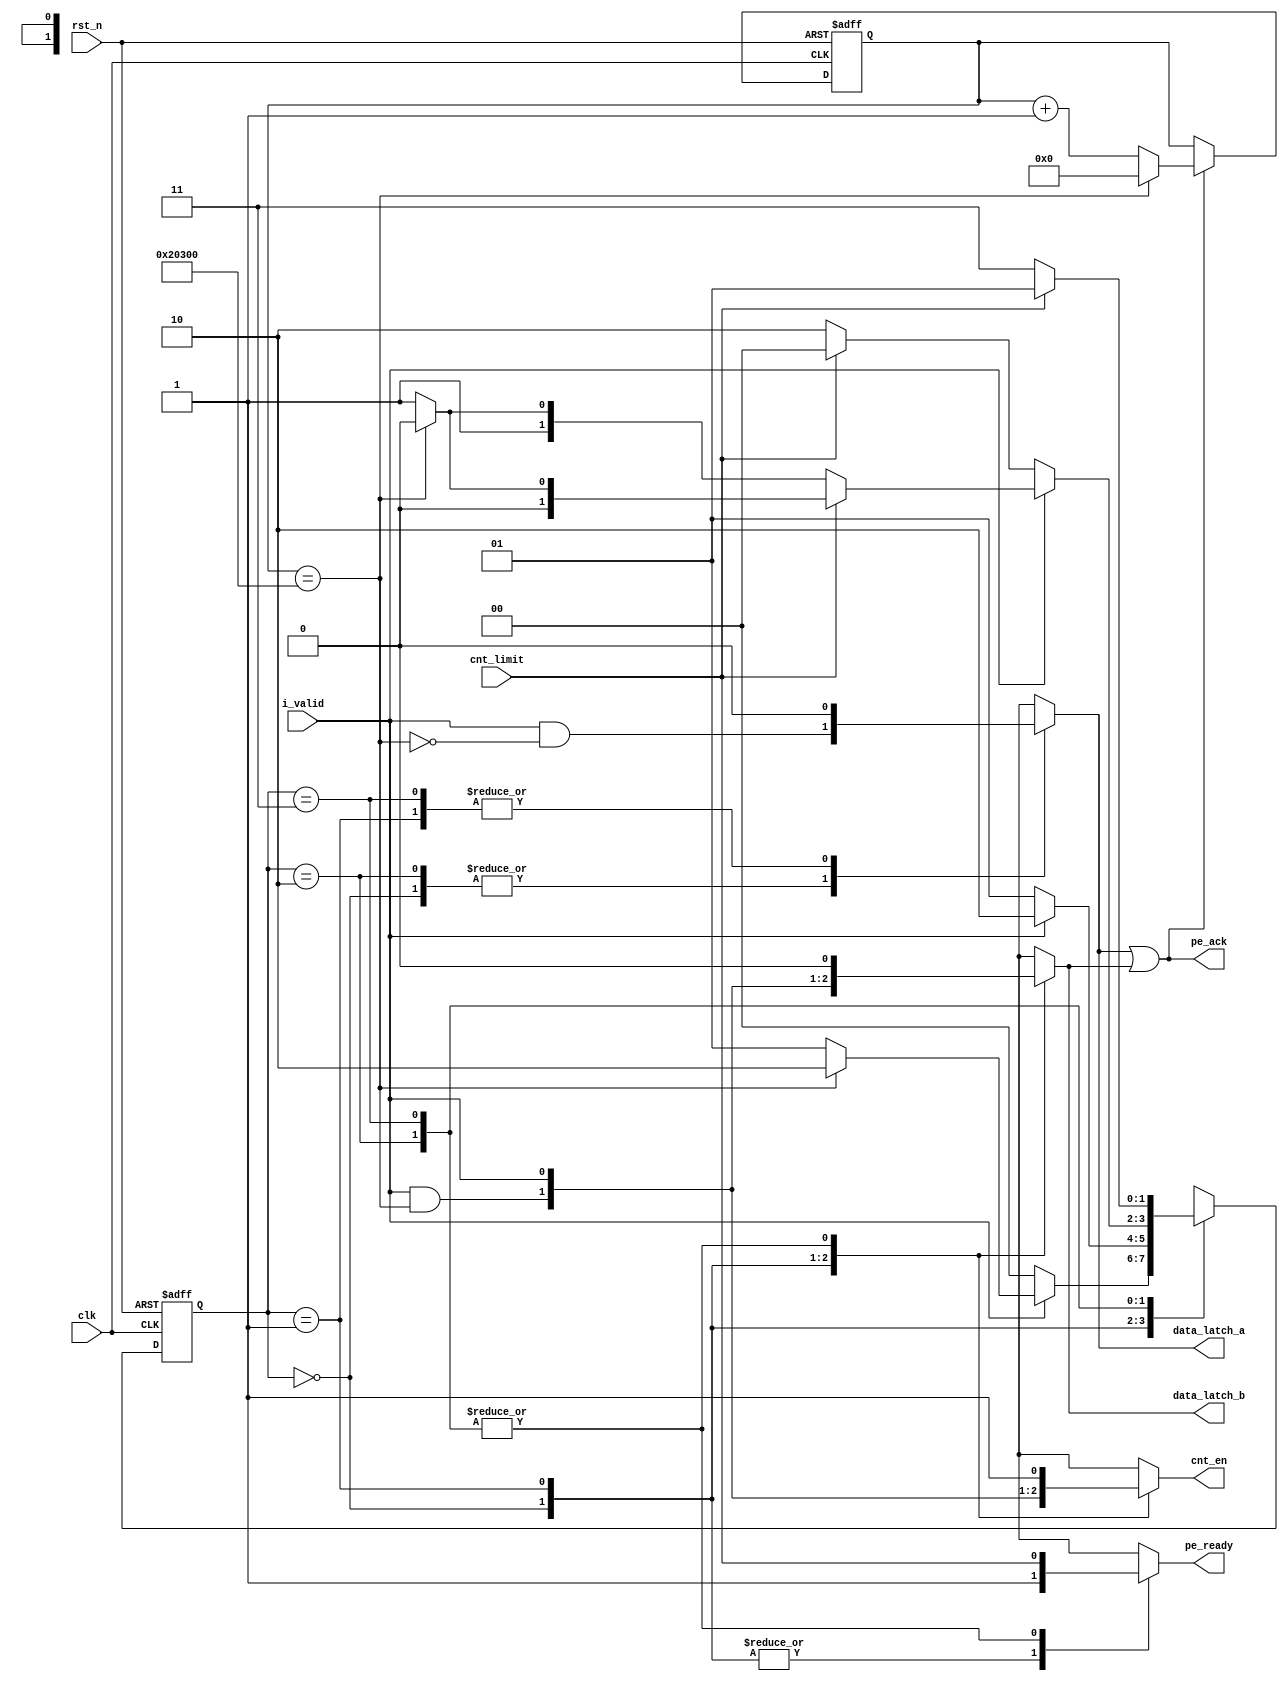
`timescale 1ns / 1ps

module pe_outcha_double_controller #(
    parameter IN_WIDTH   = 513,
    parameter IN_HEIGHT  = 257,
    parameter KERNEL_0   = 3,
    parameter KERNEL_1   = 3,
    parameter DILATION_0 = 2,
    parameter DILATION_1 = 2,
    parameter PADDING_0  = 2,
    parameter PADDING_1  = 2,
    parameter STRIDE_0   = 1,
    parameter STRIDE_1   = 1
)(
    output reg data_latch_a,
    output reg data_latch_b,
    output reg cnt_en,
    output reg pe_ready,
    output     pe_ack,
    input      cnt_limit,
    input      i_valid,
    input      clk,
    input      rst_n
);

    // If num output pixels is odd
    localparam OUT_HEIGHT = (IN_HEIGHT + 2 * PADDING_0 - DILATION_0 * (KERNEL_0 - 1) - 1) / STRIDE_0 + 1;
    localparam OUT_WIDTH  = (IN_WIDTH  + 2 * PADDING_1 - DILATION_1 * (KERNEL_1 - 1) - 1) / STRIDE_1 + 1;
    localparam OUT_PIXELS = OUT_HEIGHT * OUT_WIDTH;

    wire last_odd;

    generate
        if (OUT_PIXELS % 2) begin : gen0
            reg [$clog2(OUT_PIXELS)-1:0] out_pixel_cnt;
            assign last_odd = out_pixel_cnt == OUT_PIXELS - 1;

            always @ (posedge clk or negedge rst_n) begin
                if (~rst_n) begin
                    out_pixel_cnt <= 0;
                end
                else if (pe_ack) begin
                    out_pixel_cnt <= last_odd ? 0 : out_pixel_cnt + 1;
                end
            end
        end
        else begin : gen1
            assign last_odd = 1'b0;
        end
    endgenerate

    // Control FSM
    localparam IDLE      = 0;
    localparam GOTA      = 1;
    localparam BUSY      = 2;
    localparam BUSY_GOTA = 3;

    reg [1:0] current_state;
    reg [1:0] next_state;

    always @ (posedge clk or negedge rst_n) begin
        if (~rst_n) begin
            current_state <= IDLE;
        end
        else begin
            current_state <= next_state;
        end
    end

    always @ (*) begin
        case (current_state)
            IDLE : next_state <= i_valid ? (last_odd ? BUSY : GOTA) : IDLE;
            GOTA : next_state <= i_valid ? BUSY : GOTA;
            BUSY : begin
                if (i_valid) begin
                    if (cnt_limit) begin
                        next_state <= last_odd ? IDLE : GOTA;
                    end
                    else begin
                        next_state <= last_odd ? BUSY : BUSY_GOTA;
                    end
                end
                else begin
                    next_state <= cnt_limit ? IDLE : BUSY;
                end
            end

            BUSY_GOTA : next_state <= cnt_limit ? GOTA : BUSY_GOTA;
            default   : next_state <= IDLE;
        endcase
    end

    // Output assignments
    always @ (*) begin
        case (current_state)
            IDLE: begin
                data_latch_a <= i_valid && !last_odd;
                data_latch_b <= i_valid &&  last_odd;
                cnt_en       <= i_valid &&  last_odd;
                pe_ready     <= 1'b1;
            end

            GOTA: begin
                data_latch_a <= 1'b0;
                data_latch_b <= i_valid;
                cnt_en       <= i_valid;
                pe_ready     <= 1'b1;
            end

            BUSY: begin
                data_latch_a <= i_valid && !last_odd;
                data_latch_b <= 1'b0;
                cnt_en       <= 1'b1;
                pe_ready     <= cnt_limit;
            end

            BUSY_GOTA: begin
                data_latch_a <= 1'b0;
                data_latch_b <= 1'b0;
                cnt_en       <= 1'b1;
                pe_ready     <= cnt_limit;
            end

            default: begin
                data_latch_a <= 1'b0;
                data_latch_b <= 1'b0;
                cnt_en       <= 1'b0;
                pe_ready     <= 1'b1;
            end
        endcase
    end

    assign pe_ack = data_latch_a | data_latch_b;

endmodule